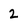
Character: 2